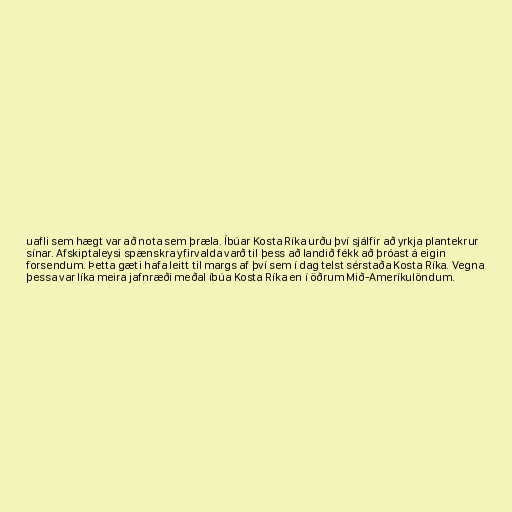
uafli sem hægt var að nota sem þræla. Íbúar Kosta Ríka urðu því sjálfir að yrkja plantekrur
sínar. Afskiptaleysi spænskra yfirvalda varð til þess að landið fékk að þróast á eigin
forsendum. Þetta gæti hafa leitt til margs af því sem í dag telst sérstaða Kosta Ríka. Vegna
þessa var líka meira jafnræði meðal íbúa Kosta Ríka en í öðrum Mið-Ameríkulöndum.